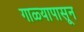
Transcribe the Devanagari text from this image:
गाळ्यापासून